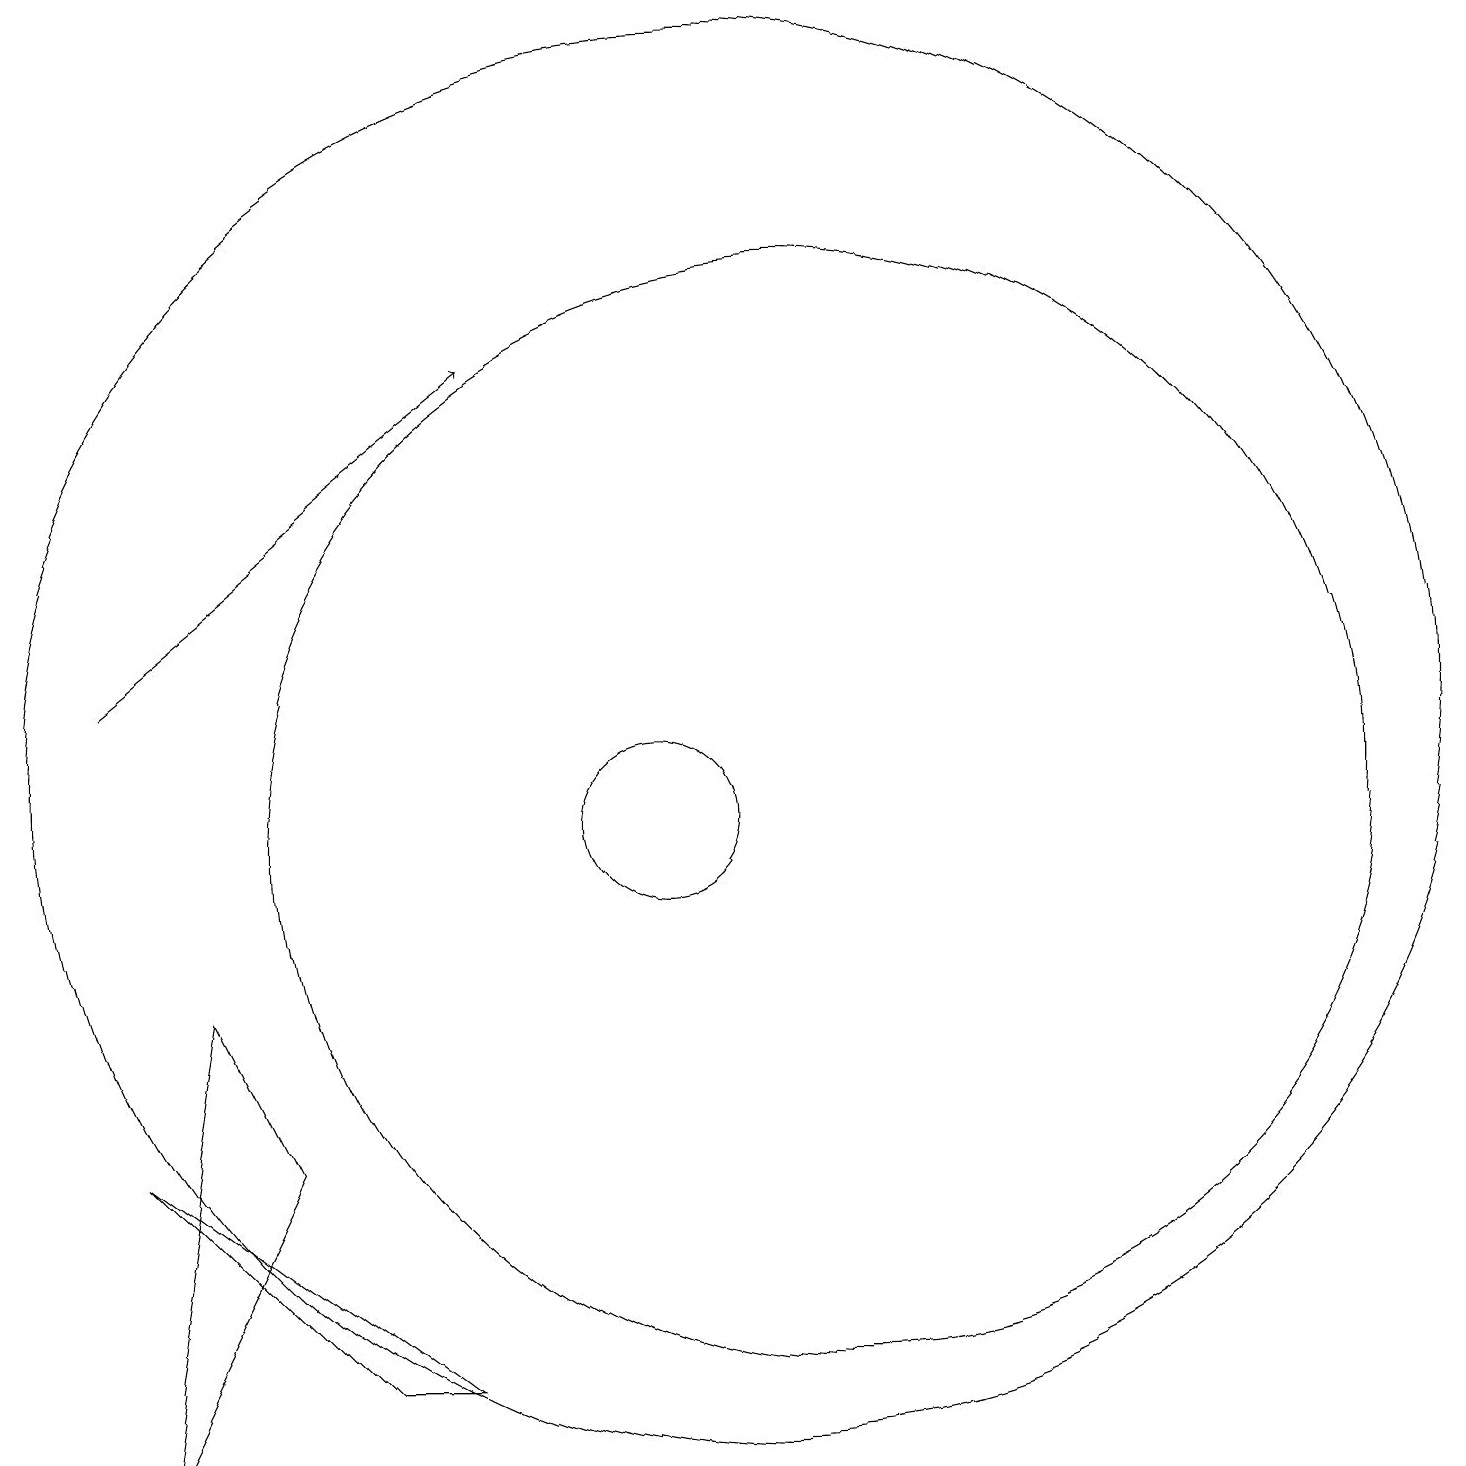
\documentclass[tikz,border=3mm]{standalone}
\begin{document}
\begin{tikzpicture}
\draw (10,10) circle (1);
\draw (5,6) -- (3,2) -- (4,8) -- cycle;
\draw (3,6) -- (7,3) -- (6,3) -- cycle;
\draw (12,10) circle (7);
\draw (11,11) circle (9);
\draw[->] (3,12) -- (8,16);
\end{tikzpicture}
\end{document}